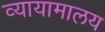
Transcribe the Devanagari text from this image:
व्यायामालय